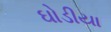
ઘોડીયા